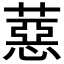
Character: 𦼇